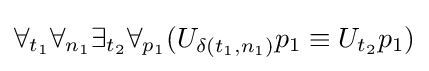
\forall _{t_{1}}\forall _{n_{1}}\exists _{t_{2}}\forall _{p_{1}}(U_{\delta (t_{1},n_{1})}p_{1}\equiv U_{t_{2}}p_{1})